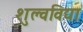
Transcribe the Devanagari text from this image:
शुल्वविद्या